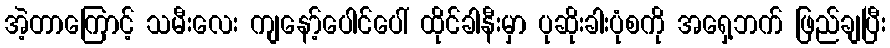
အဲ့တာကြောင့် သမီးလေး ကျနော့်ပေါင်ပေါ် ထိုင်ခါနီးမှာ ပုဆိုးခါးပုံစကို အရှေ့ဘက် ဖြည်ချပြီး